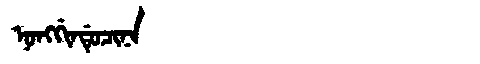
Manchu: ᠨᠣᠩᡤᡳᠨᡩᡠᠴᡳᠨᠠ
Romanization: NONGGINDUCINA